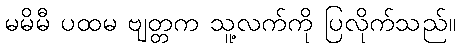
မမိမီ ပထမ ဗျတ္တက သူ့လက်ကို ပြလိုက်သည်။